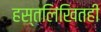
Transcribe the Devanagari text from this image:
हस्तलिखितही